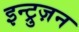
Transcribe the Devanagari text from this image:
इन्ट्रुज़न